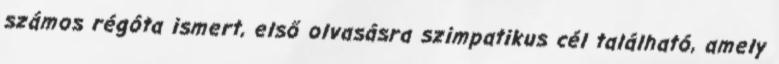
számos régóta ismert, első olvasásra szimpatikus cél található, amely